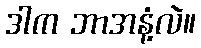
ဒါက ဘာအနံ့လဲ။